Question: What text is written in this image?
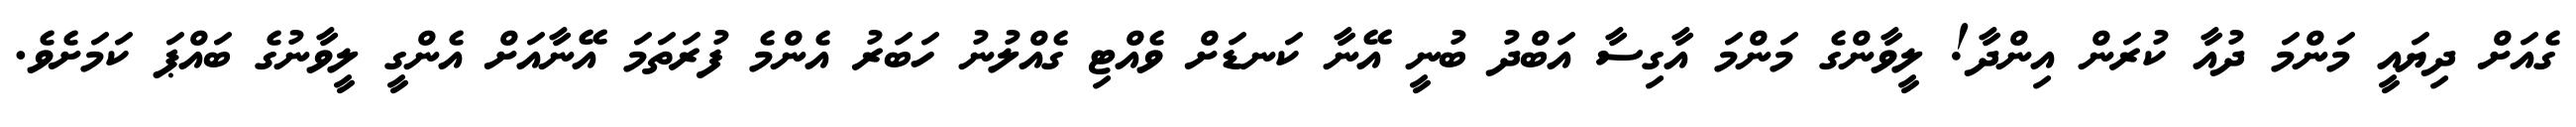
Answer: ގެއަށް ދިޔައީ މަންމަ ދުއާ ކުރަން އިންދާ! ލީވާންގެ މަންމަ އާގިސާ އަބްދު ބުނީ އޭނާ ކަނޑަށް ވެއްޓި ގެއްލުނު ހަބަރު އެންމެ ފުރަތަމަ އޭނާއަށް އެންގީ ލީވާނުގެ ބައްޕަ ކަމަށެވެ.